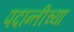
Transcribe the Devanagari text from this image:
पदान्तीच्या